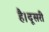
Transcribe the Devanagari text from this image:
है।दूसरी